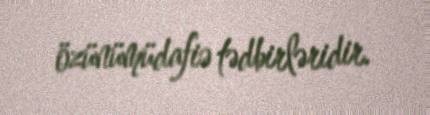
özünümüdafiə tədbirləridir.